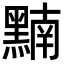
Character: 𪑮